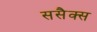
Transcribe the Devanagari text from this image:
ससैक्स